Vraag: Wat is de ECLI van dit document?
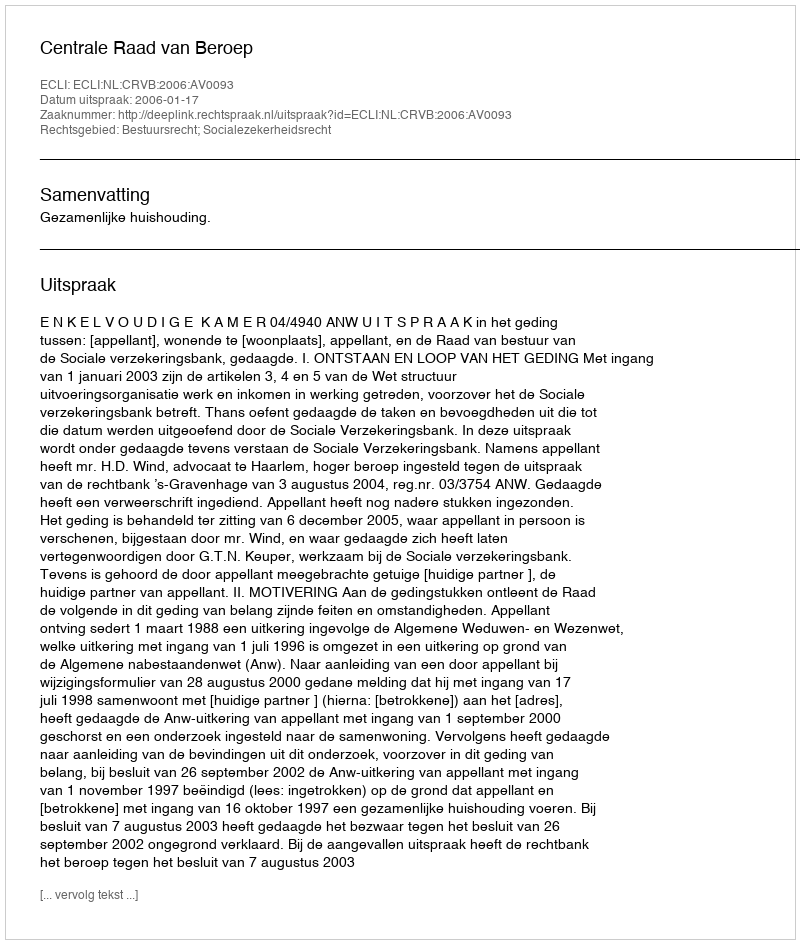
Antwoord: ECLI:NL:CRVB:2006:AV0093